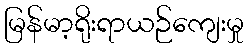
မြန်မာ့ရိုးရာယဉ်ကျေးမှု